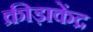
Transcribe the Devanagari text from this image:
क्रीड़ाकेंद्र